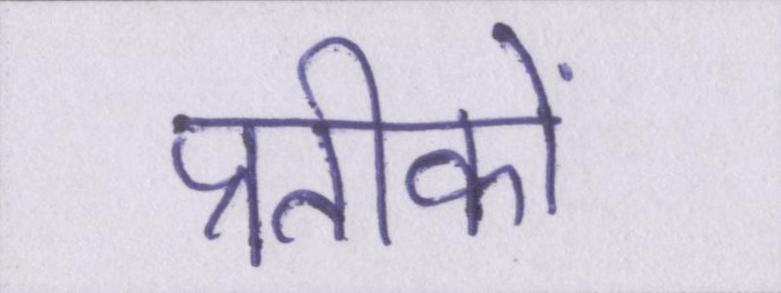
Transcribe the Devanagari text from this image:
प्रतीकों